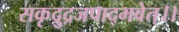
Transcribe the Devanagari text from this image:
सकृद्रुद्रजपाद्भवेत्।।